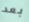
بعد